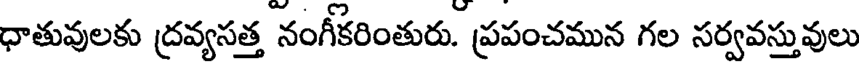
ధాతువులకు ద్రవ్యసత్త నంగీకరింతురు. ప్రపంచమున గల సర్వవస్తువులు